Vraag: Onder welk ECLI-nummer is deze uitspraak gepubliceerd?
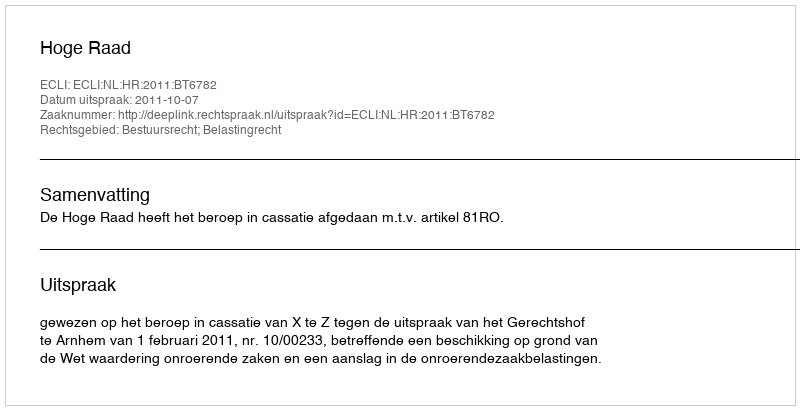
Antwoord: ECLI:NL:HR:2011:BT6782